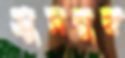
সুমনুর